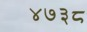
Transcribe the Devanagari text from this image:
४७३८